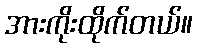
အားကိုးထိုက်တယ်။